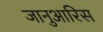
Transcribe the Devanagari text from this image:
जानुआरिस